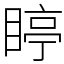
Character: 䁎